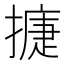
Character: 𢳿